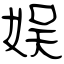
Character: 娱